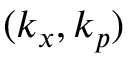
( k _ { x } , k _ { p } )